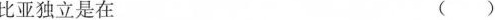
比亚独立是在 ()